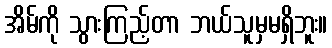
အိမ်ကို သွားကြည့်တာ ဘယ်သူမှမရှိဘူး။